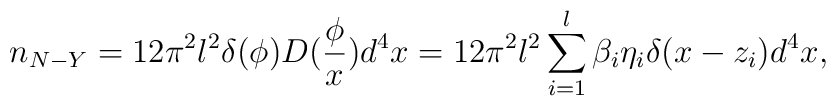
n_{N-Y}=12\pi ^2l^2\delta (\phi )D(\frac \phi x)d^4x=12\pi^2l^2\sum\limits_{i=1}^l\beta _i\eta _i\delta (x-z_i)d^4x,